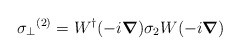
\begin{align*}{\sigma_{\perp}}^{(2)} = W^{\dag} (-i \mbox{\boldmath $\nabla$}) \sigma_{2} W (-i \mbox{\boldmath $\nabla$})\end{align*}